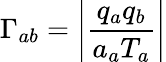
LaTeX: \Gamma_{ab}=\left|\frac{q_{a}q_{b}}{a_{a}T_{a}}\right|